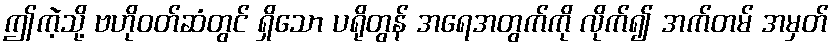
ဤကဲ့သို့ ဗဟိုဝတ်ဆံတွင် ရှိသော ပရိုတွန် အရေအတွက်ကို လိုက်၍ အက်တမ် အမှတ်